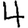
Digit: 4